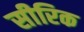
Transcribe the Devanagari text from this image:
सीरिक